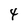
Character: 4